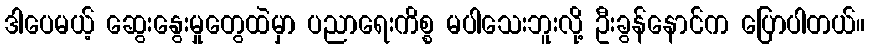
ဒါပေမယ့် ဆွေးနွေးမှုတွေထဲမှာ ပညာရေးကိစ္စ မပါသေးဘူးလို့ ဦးခွန်နောင်က ပြောပါတယ်။